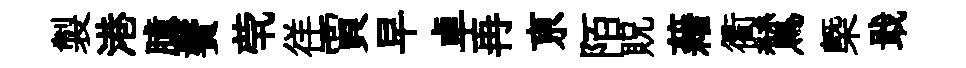
製港臆鬢茕徉賈早卓再亰陌貺藉衢鷥槩戢